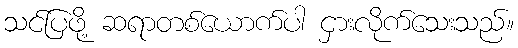
သင်ပြဖို့ ဆရာတစ်ယောက်ပါ ငှားလိုက်သေးသည်။